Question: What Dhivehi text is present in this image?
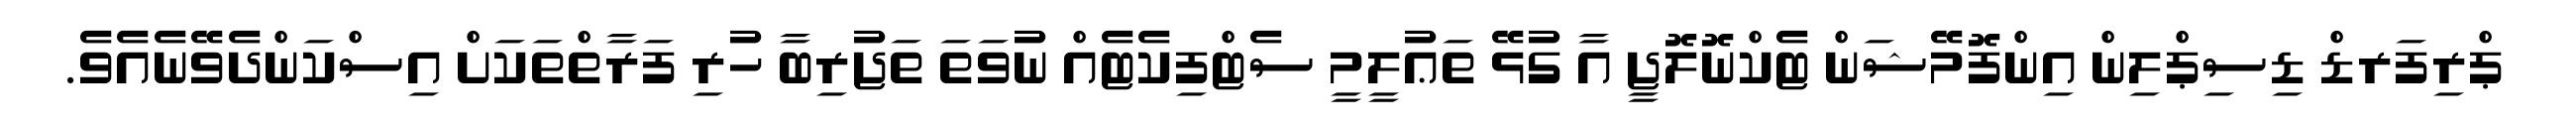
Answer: ޕްރިފަރޑް ޑިސިޕްލިން އިންފޮމޭޝަން ޓެކްނޮލޮޖީ އާ ގުޅޭ ތަޢުލީމީ ސެޓްފިކެޓެއް ނުވަތަ ތަޖުރިބާ ހުރި ފަރާތްތަކަށް އިސްކަންދެވޭނެއެވެ.